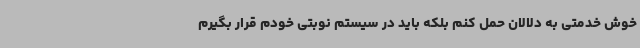
خوش خدمتی به دلالان حمل کنم بلکه باید در سیستم نوبتی خودم قرار بگیرم